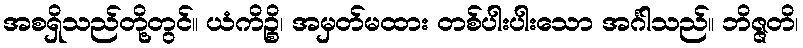
အစရှိသည်တို့တွင်။ ယံကိဉ္စိ၊ အမှတ်မထား တစ်ပါးပါးသော အင်္ဂါသည်။ ဘိဇ္ဇတိ၊